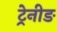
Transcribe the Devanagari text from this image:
ट्रेनीङ